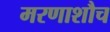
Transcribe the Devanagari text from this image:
मरणाशौच